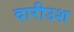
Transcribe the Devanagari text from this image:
दारीउश